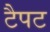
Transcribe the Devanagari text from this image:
टैपट